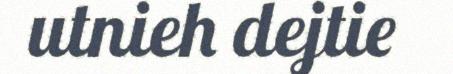
utnieh dejtie